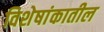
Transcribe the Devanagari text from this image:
विशेषांकातील